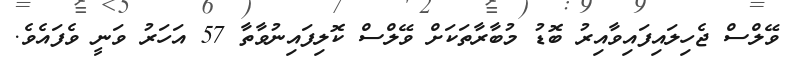
ވޭލްސް ޖެހިލައިފައިވާއިރު ބޮޑު މުބާރާތަކަށް ވޭލްސް ކޮލިފައިނުވާތާ 57 އަހަރު ވަނީ ވެފައެވެ.